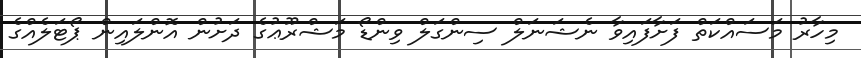
މިހާރު މަސައްކަތް ފަށާފައިވާ ނެޝަނަލް ސިންގަލް ވިންޑޯ މަޝްރޫޢުގެ ދަށުން އޮންލައިން ޕޯޓަލެއްގެ